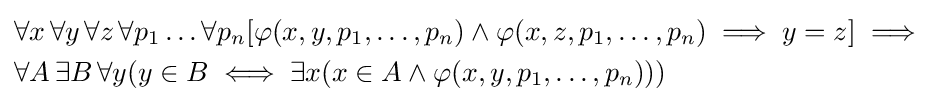
{\begin{aligned}&\forall x\,\forall y\,\forall z\,\forall p_{1}\ldots \forall p_{n}[\varphi (x,y,p_{1},\ldots ,p_{n})\wedge \varphi (x,z,p_{1},\ldots ,p_{n})\implies y=z]\implies \\&\forall A\,\exists B\,\forall y(y\in B\iff \exists x(x\in A\wedge \varphi (x,y,p_{1},\ldots ,p_{n})))\end{aligned}}